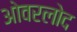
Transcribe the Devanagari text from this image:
ओवरलोद